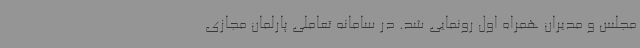
مجلس و مدیران همراه اول رونمایی شد. در سامانه تعاملی پارلمان مجازی